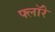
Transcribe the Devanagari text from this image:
फ्लॉरे